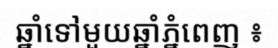
ឆ្នាំទៅមួយឆ្នាំភ្នំពេញ ៖